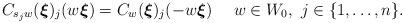
LaTeX: \begin{align*}C_{s_jw}(\boldsymbol{\xi}) _j(w\boldsymbol{\xi})= C_{w}(\boldsymbol{\xi}) _j(-w\boldsymbol{\xi}) \quad\ w\in W_0,\ j\in\{1,\dots, n\} .\end{align*}